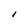
Character: I